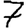
Digit: 7